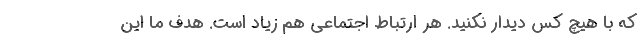
که با هیچ کس دیدار نکنید. هر ارتباط اجتماعی هم زیاد است. هدف ما این